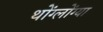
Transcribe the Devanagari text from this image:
थोंग्लोंग्या